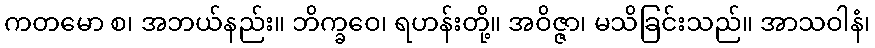
ကတမော စ၊ အဘယ်နည်း။ ဘိက္ခဝေ၊ ရဟန်းတို့။ အဝိဇ္ဇာ၊ မသိခြင်းသည်။ အာသဝါနံ၊